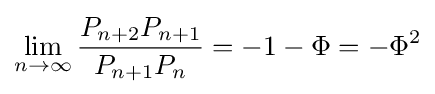
\lim _{n\to \infty }{\frac {P_{n+2}P_{n+1}}{P_{n+1}P_{n}}}=-1-\Phi =-\Phi ^{2}